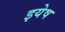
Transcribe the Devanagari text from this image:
इयेष